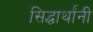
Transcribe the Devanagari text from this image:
सिद्धार्थांनी